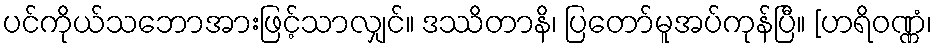
ပင်ကိုယ်သဘောအားဖြင့်သာလျှင်။ ဒဿိတာနိ၊ ပြတော်မူအပ်ကုန်ပြီ။ [ဟရိဝဏ္ဏံ၊